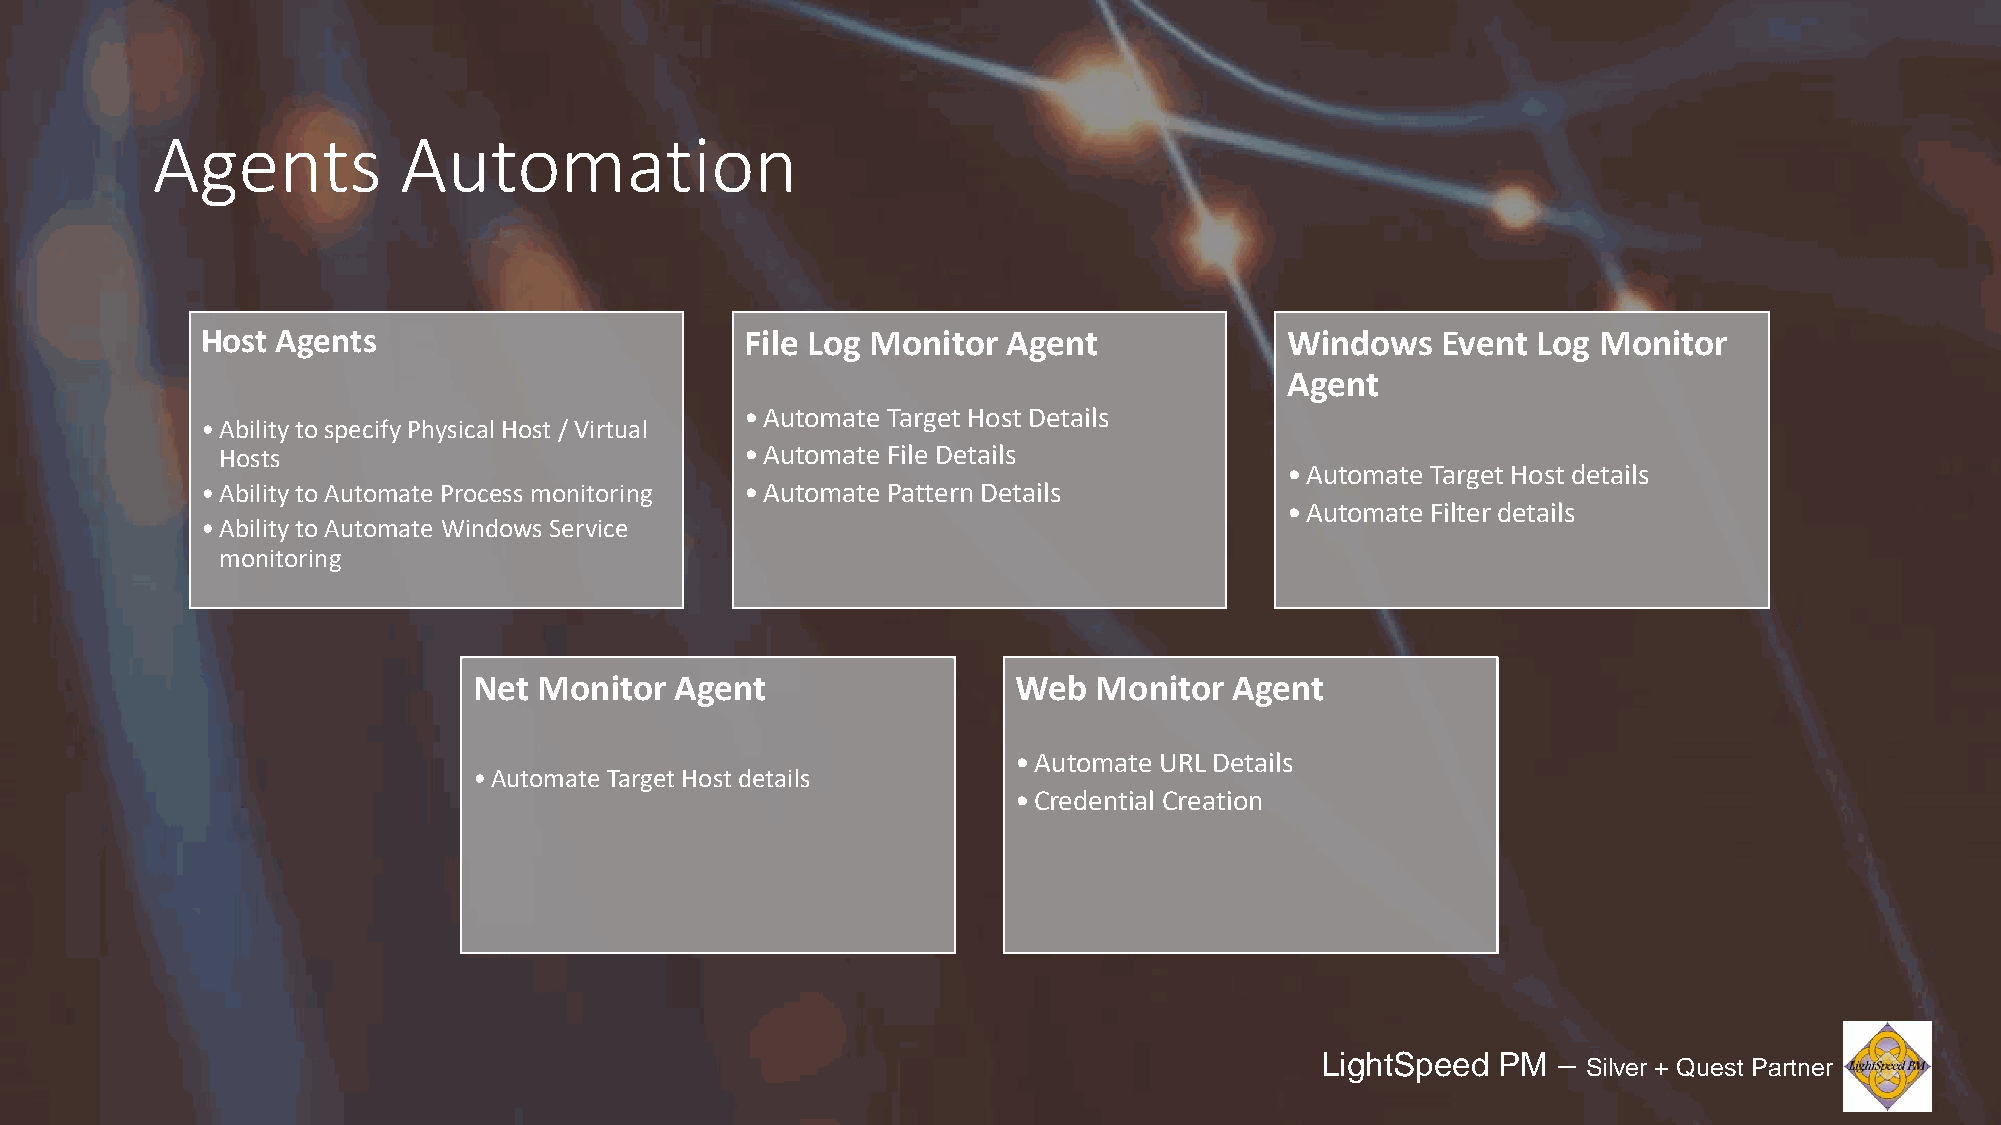
Agents          Automation
 Host Agents                         File Log Monitor  Agent             Windows   Event  Log Monitor
 Agent
 •Automate Target Host Details
 •Ability to specify Physical Host / Virtual
 Hosts                             •Automate File Details
 •Automate Target Host details
 •Ability to Automate Process monitoring •Automate Pattern Details
 •Automate Filter details
 •Ability to Automate Windows Service
 monitoring
 Net  Monitor  Agent                 Web   Monitor  Agent
 •Automate URL Details
 •Automate Target Host details
 •Credential Creation
 LightSpeed  PM  –
 Silver + Quest Partner